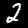
Label: 2